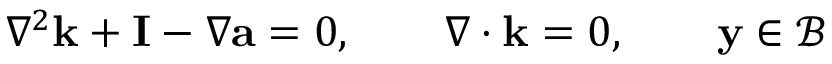
\begin{array} { r } { \nabla ^ { 2 } \textbf k + \mathbf I - \nabla \textbf a = 0 , \qquad \nabla \cdot \mathbf k = 0 , \qquad \textbf y \in \mathcal B } \end{array}